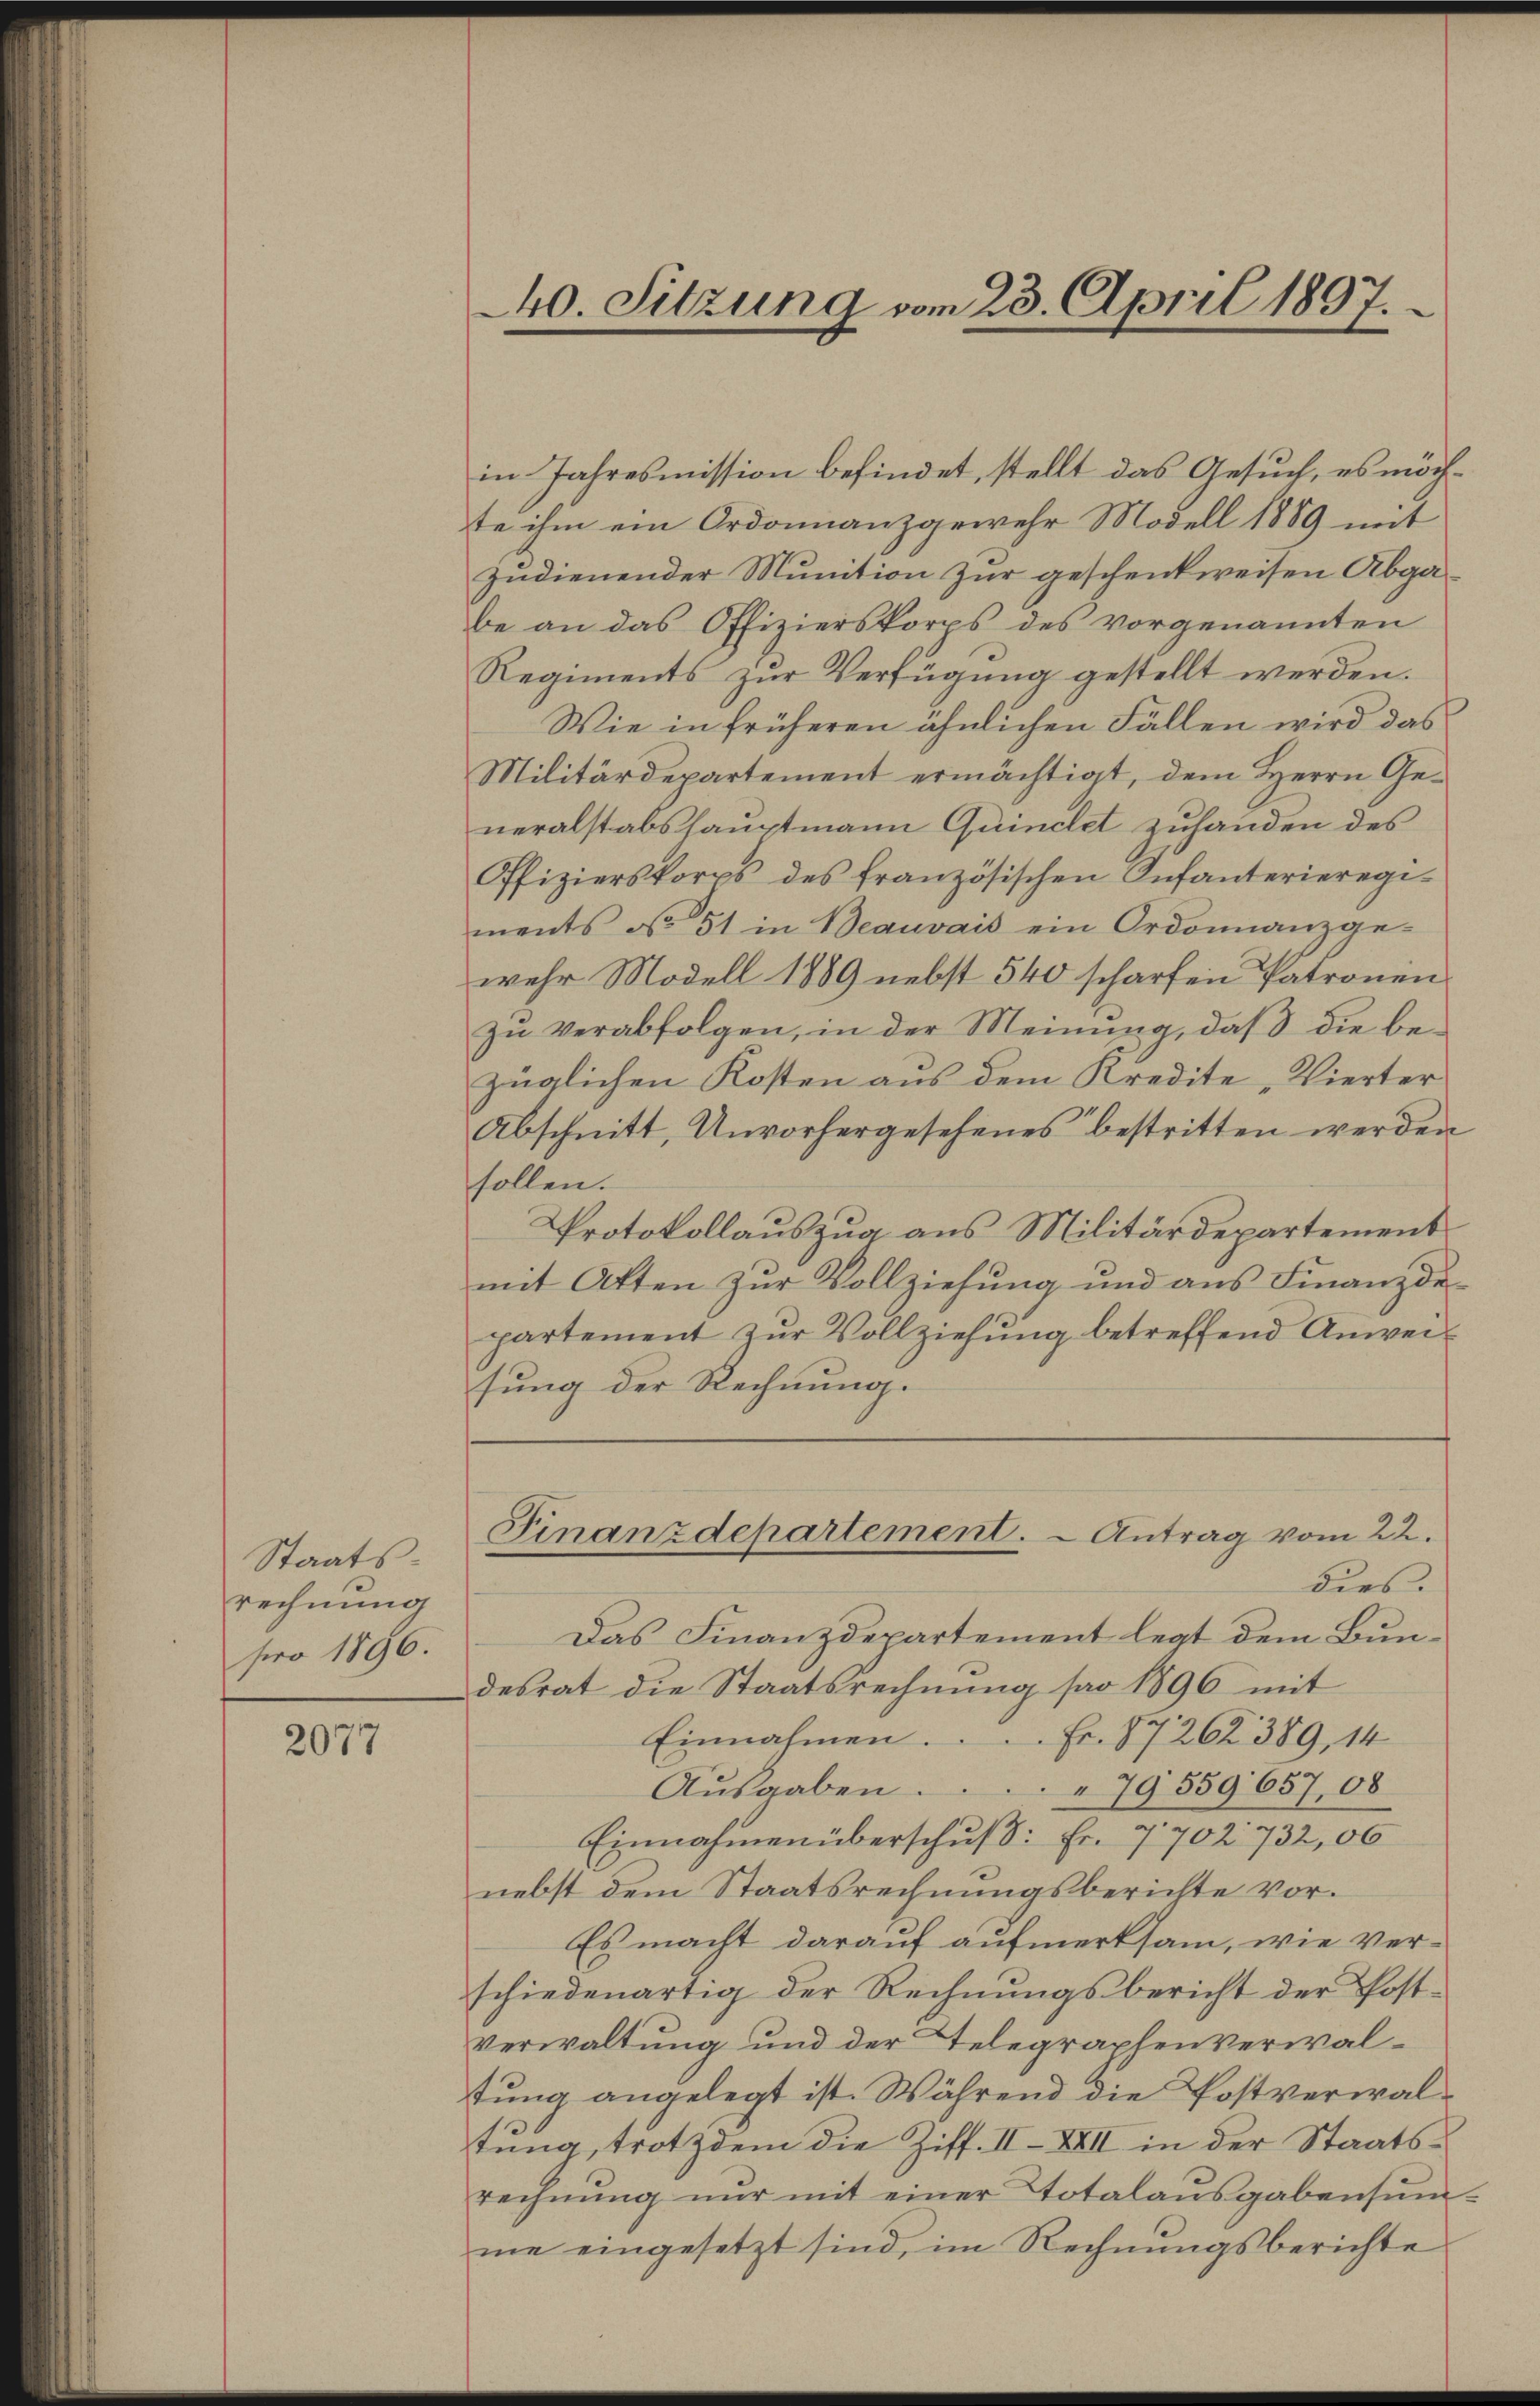
Staatsrechnung
pro 1896.

2077

40. Sitzung vom 23. April 1897.

in Jahresmission befindet, stellt das Gesuch, es möchte ihm ein Ordonnanzgewehr Modell 1889 mit
zudienender Munition zur geschenkweisen Abgabe an das Offizierskorps des vorgenannten
Regiments zur Verfügung gestellt werden.
Wie in früheren ähnlichen Fällen wird das
Militärdepartement ermächtigt, dem Herrn Generalstabshauptmann Quinclet zuhanden des
Offizierskorps des französischen Infanterieregiments No 51 in Beauvais ein Ordonnanzgewehr Modell 1889 nebst 540 scharfen Patronen
zu verabfolgen, in der Meinung, daß die bezüglichen Kosten aus dem Kredite Vierter
Abschnitt, Unvorhergesehenes bestritten werden
sollen.
Protokollauszug aus Militärdepartement
mit Atten zŭr Vollziehŭng und ans Finanzde
partement zur Vollziehung betreffend Anweisung der Rechnung.
Finanzdepartement.  Antrag vom 22.
dies
Das Finanzdepartement legt dem Bundesrat die Staatsrechnung sar 1896 mit
Fr. 87262389, 14
Einnahmen.
Ausgaben.
79559657,08
Einnahmen überschuß: Fr. 7702. 732, 00
nebst dem Staatsrechnungsberichte vor¬
Es macht darauf aufmerksam, wie verschiedenartig der Rechnungsbericht der Post¬
Verwaltung und der Telegraphenverwaltung angelegt ist. Während die Postverwaltung, trotzdem die Ziff. II-XVII in der Staatsrechnŭng nur mit einer Totalausgabensumme eingesetzt sind, im Rechnŭngsberichte